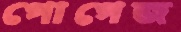
পোগেজ